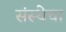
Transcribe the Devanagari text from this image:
संस्‍थेचा